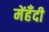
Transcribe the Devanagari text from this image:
मेंहँदी